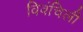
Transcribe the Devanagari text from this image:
विवंचिली